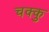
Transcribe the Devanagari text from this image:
चक्कु